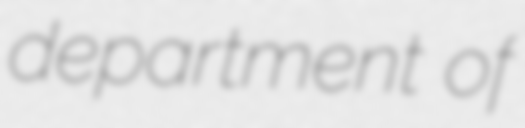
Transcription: department of